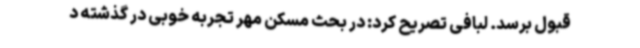
قبول برسد. لبافی تصریح کرد: در بحث مسکن مهر تجربه خوبی در گذشته د